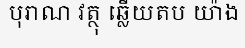
បុរាណ វត្ថុ ឆ្លើយតប យ៉ាង